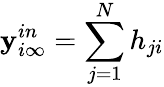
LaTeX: \mathbf{y}_{i\infty}^{in}=\sum_{j=1}^{N}h_{ji}